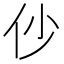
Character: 仯